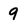
Character: 9